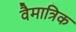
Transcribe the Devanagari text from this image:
वैमात्रिक